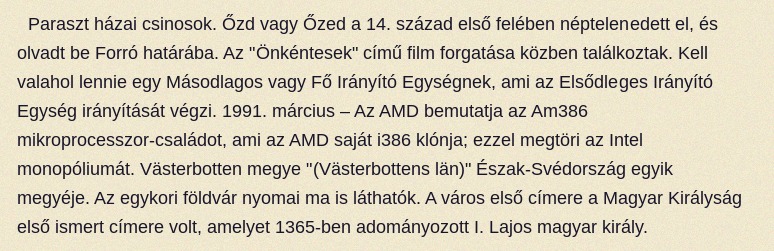
Paraszt házai csinosok. Őzd vagy Őzed a 14. század első felében néptelenedett el, és olvadt be Forró határába. Az "Önkéntesek" című film forgatása közben találkoztak. Kell valahol lennie egy Másodlagos vagy Fő Irányító Egységnek, ami az Elsődleges Irányító Egység irányítását végzi. 1991. március – Az AMD bemutatja az Am386 mikroprocesszor-családot, ami az AMD saját i386 klónja; ezzel megtöri az Intel monopóliumát. Västerbotten megye "(Västerbottens län)" Észak-Svédország egyik megyéje. Az egykori földvár nyomai ma is láthatók. A város első címere a Magyar Királyság első ismert címere volt, amelyet 1365-ben adományozott I. Lajos magyar király.